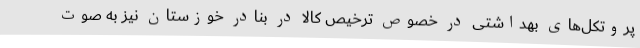
پروتکل‌های بهداشتی در خصوص ترخیص کالا در بنادر خوزستان نیز به صوت